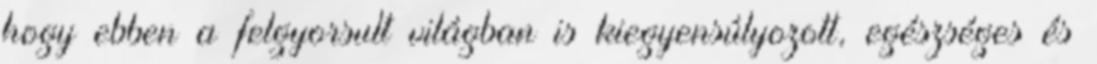
hogy ebben a felgyorsult világban is kiegyensúlyozott, egészséges és